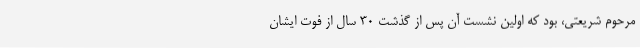
مرحوم شریعتی، بود که اولین نشست آن پس از گذشت 30 سال از فوت ایشان